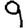
Digit: 9